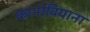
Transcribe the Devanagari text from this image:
कानोबियाना